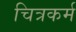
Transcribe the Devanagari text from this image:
चित्रकर्म